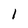
Character: l